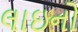
લાઇનો